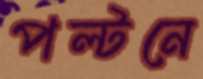
পল্টনে